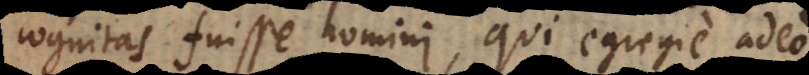
cognitas fuisse homini, qui egregie adeo